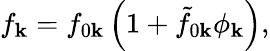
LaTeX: f_{\mathbf{k}}=f_{0\mathbf{k}}\left(1+\tilde{f}_{0\mathbf{k}}\phi_{\mathbf{k}}\right),